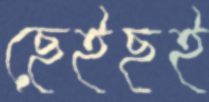
ছেইছই